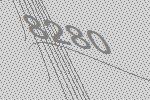
8280